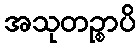
အသုတဉ္စာပိ